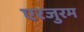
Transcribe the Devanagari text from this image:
एरजुरम